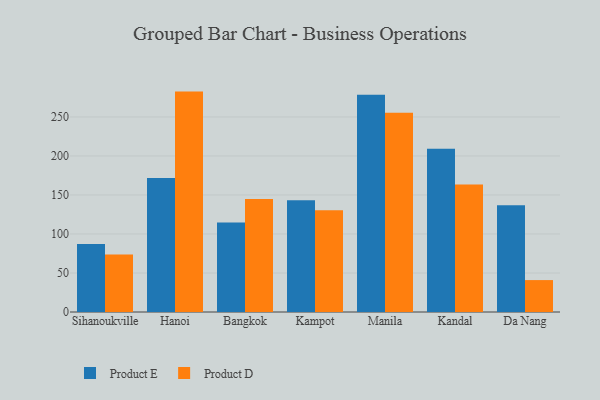
{"axis": {"x": "City", "y": "Market Share (%)"}, "legend": ["Product D", "Product E"], "data": [{"x": "Sihanoukville", "y": 87.1, "type": "Product E"}, {"x": "Sihanoukville", "y": 73.8, "type": "Product D"}, {"x": "Hanoi", "y": 171.7, "type": "Product E"}, {"x": "Hanoi", "y": 282.5, "type": "Product D"}, {"x": "Bangkok", "y": 114.8, "type": "Product E"}, {"x": "Bangkok", "y": 144.9, "type": "Product D"}, {"x": "Kampot", "y": 143.1, "type": "Product E"}, {"x": "Kampot", "y": 130.3, "type": "Product D"}, {"x": "Manila", "y": 278.6, "type": "Product E"}, {"x": "Manila", "y": 255.5, "type": "Product D"}, {"x": "Kandal", "y": 209.2, "type": "Product E"}, {"x": "Kandal", "y": 163.3, "type": "Product D"}, {"x": "Da Nang", "y": 136.7, "type": "Product E"}, {"x": "Da Nang", "y": 40.9, "type": "Product D"}]}